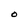
Character: O